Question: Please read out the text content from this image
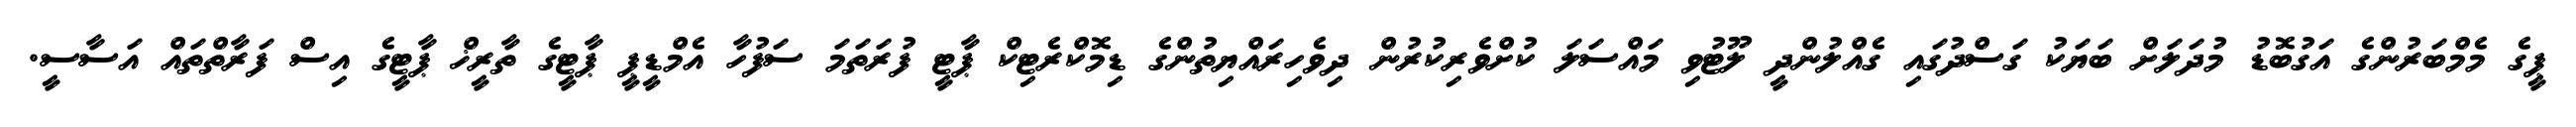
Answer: ޕީގެ މެމްބަރުންގެ އަގުބޮޑު މުދަލަށް ބަޔަކު ގަސްދުގައި ގެއްލުންދީ ލޫޓުވި މައްސަލަ ކުށްވެރިކުރުން ދިވެހިރައްޔިތުންގެ ޑިމޮކްރެޓިކް ޕާޓީ ފުރަތަމަ ސަފުހާ އެމްޑީޕީ ޕާޓީގެ ތާރީޚް ޕާޓީގެ އިސް ފަރާތްތައް އަސާސީ.